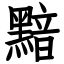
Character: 黯